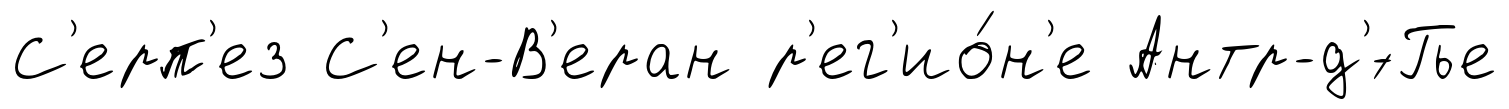
С'ерп'ез С'ен-В'еран р'ег'ио́н'е Антр-д'́-Гье